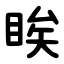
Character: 䀵